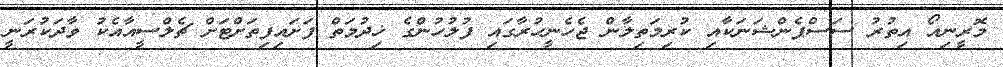
މޮރީނިއޯ އިތުރު ސަސްޕެންޝަނަކާއި ކުރިމަތިލާން ޖެހެނީހުރާގައި ފުލުހުންގެ ޚިދުމަތް ފަށައިފިތަށްޓަށް ޗެލްސީއާއެކު ވާދަކުރަނީ